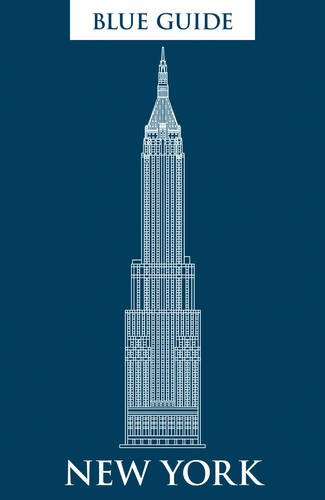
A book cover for Blue Guide New York: Fifth Edition (5th Edition)  (Blue Guides); Carol V. Wright; Travel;